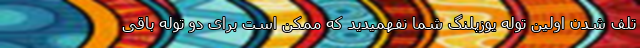
تلف شدن اولین توله یوزپلنگ شما نفهمیدید که ممکن است برای دو توله باقی